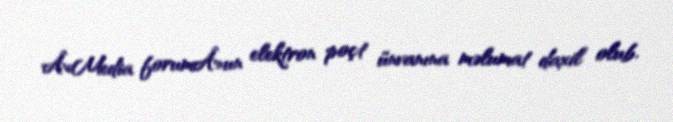
Â«Media forumÂ»un elektron poçt ünvanına məlumat daxil olub.